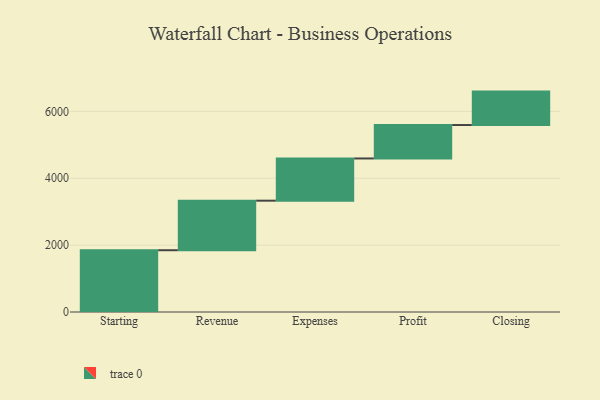
{"axis": {"x": "Step", "y": "Value"}, "legend": [""], "data": [{"x": "Starting", "y": 1848.0, "type": ""}, {"x": "Revenue", "y": 1482.0, "type": ""}, {"x": "Expenses", "y": 1263.0, "type": ""}, {"x": "Profit", "y": 1000, "type": ""}, {"x": "Closing", "y": 1000, "type": ""}]}